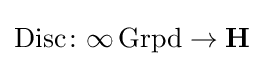
\operatorname {Disc} \colon \infty \operatorname {Grpd} \rightarrow \mathbf {H}